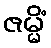
ဇမ္မိံ